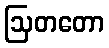
ဩတတော